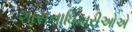
શાસનાધિકારીઓએ